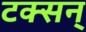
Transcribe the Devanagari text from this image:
टक्सन्